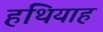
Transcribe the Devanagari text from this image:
हथियाह